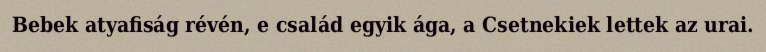
Bebek atyafiság révén, e család egyik ága, a Csetnekiek lettek az urai.